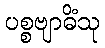
ပစ္စဗျာဓိံသု